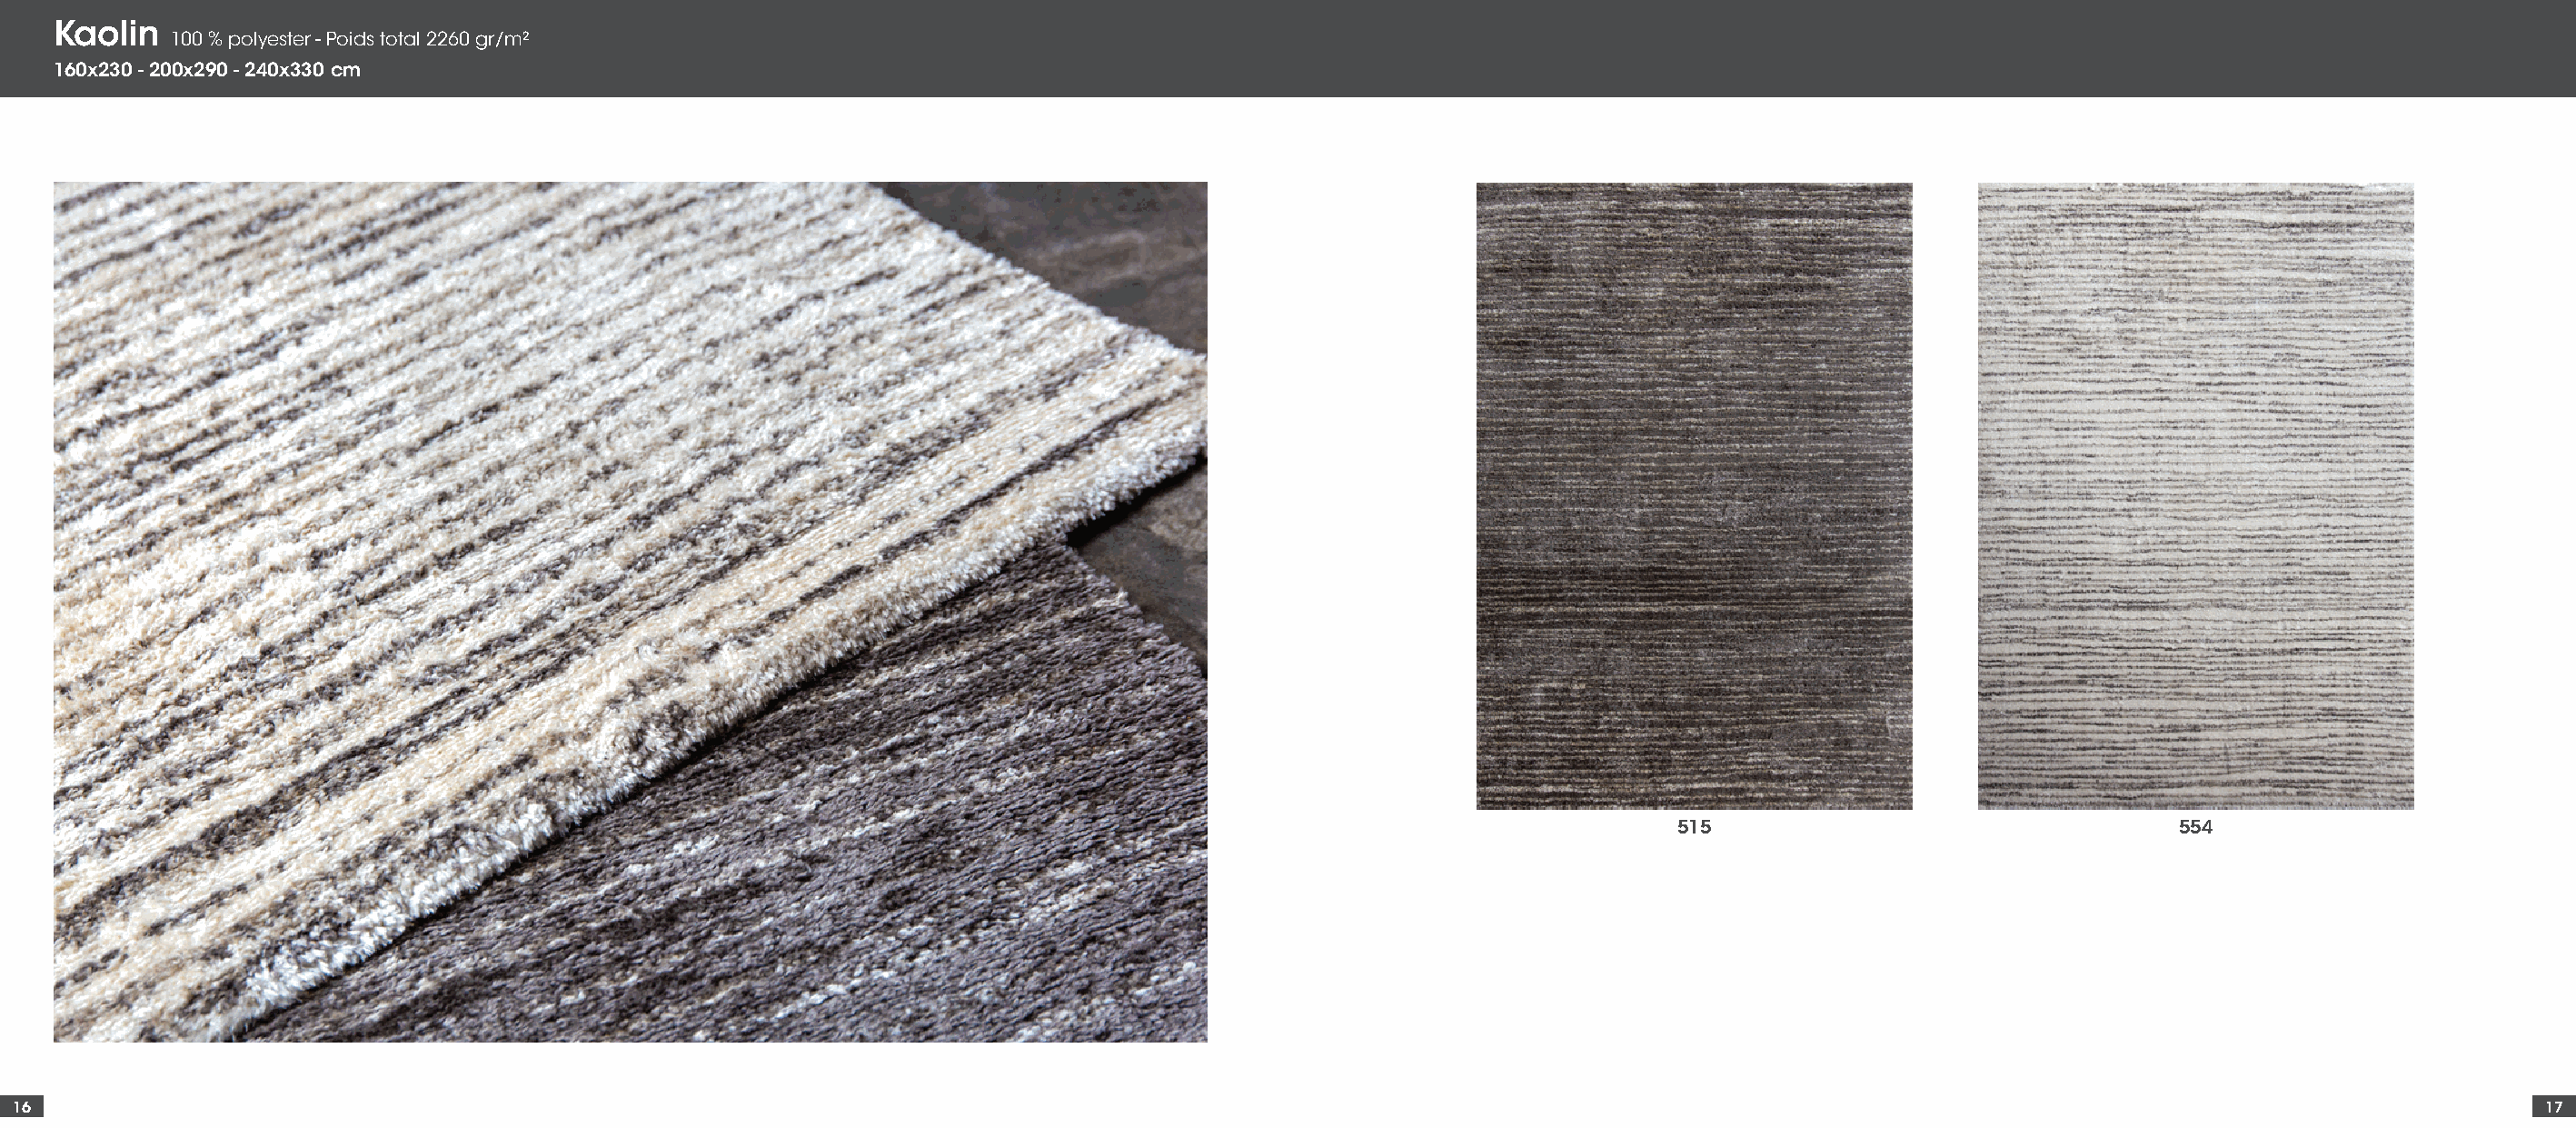
Kaolin
 100 % polyester - Poids total 2260 gr/m²
 160x230 - 200x290 - 240x330 cm
 515                                  554
 16                                                                                                                                                                                      17